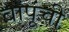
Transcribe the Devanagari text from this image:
बापूंची